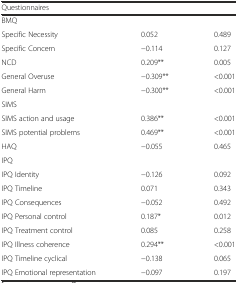
<table><thead><tr><td colspan="3"><b>Questionnaires</b></td></tr></thead><tbody><tr><td colspan="3">BMQ</td></tr><tr><td>Specific Necessity</td><td>0.052</td><td>0.489</td></tr><tr><td>Specific Concern</td><td>−0.114</td><td>0.127</td></tr><tr><td>NCD</td><td>0.209**</td><td>0.005</td></tr><tr><td>General Overuse</td><td>−0.309**</td><td>&lt;0.001</td></tr><tr><td>General Harm</td><td>−0.300**</td><td>&lt;0.001</td></tr><tr><td>SIMS</td><td>[EMPTY_CELL]</td><td>[EMPTY_CELL]</td></tr><tr><td>SIMS action and usage</td><td>0.386**</td><td>&lt;0.001</td></tr><tr><td>SIMS potential problems</td><td>0.469**</td><td>&lt;0.001</td></tr><tr><td>HAQ</td><td>−0.055</td><td>0.465</td></tr><tr><td>IPQ</td><td>[EMPTY_CELL]</td><td>[EMPTY_CELL]</td></tr><tr><td>IPQ Identity</td><td>−0.126</td><td>0.092</td></tr><tr><td>IPQ Timeline</td><td>0.071</td><td>0.343</td></tr><tr><td>IPQ Consequences</td><td>−0.052</td><td>0.492</td></tr><tr><td>IPQ Personal control</td><td>0.187*</td><td>0.012</td></tr><tr><td>IPQ Treatment control</td><td>0.085</td><td>0.258</td></tr><tr><td>IPQ Illness coherence</td><td>0.294**</td><td>&lt;0.001</td></tr><tr><td>IPQ Timeline cyclical</td><td>−0.138</td><td>0.065</td></tr><tr><td>IPQ Emotional representation</td><td>−0.097</td><td>0.197</td></tr></tbody></table>